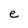
Character: e